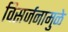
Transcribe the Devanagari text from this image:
विसर्जनामुळे